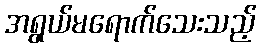
အရွယ်မရောက်သေးသည့်